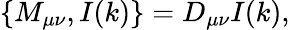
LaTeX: \left\{ M_{\mu\nu},I(k)\right\} =D_{\mu\nu}I(k),